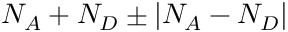
N _ { A } + N _ { D } \pm | N _ { A } - N _ { D } |